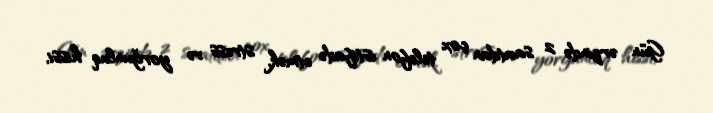
Gün ərzində 2 saatdan çox telefon istifadə etmək, stress və yorğunluq hissi,